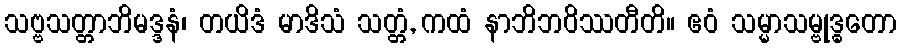
သဗ္ဗသတ္တာဘိမဒ္ဒနံ၊ တယိဒံ မာဒိသံ သတ္တံ, ကထံ နာဘိဘဝိဿတီတိ။ ဧဝံ သမ္မာသမ္ဗုဒ္ဓတော